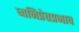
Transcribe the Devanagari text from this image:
ध्वनिप्रेतप्रभाव